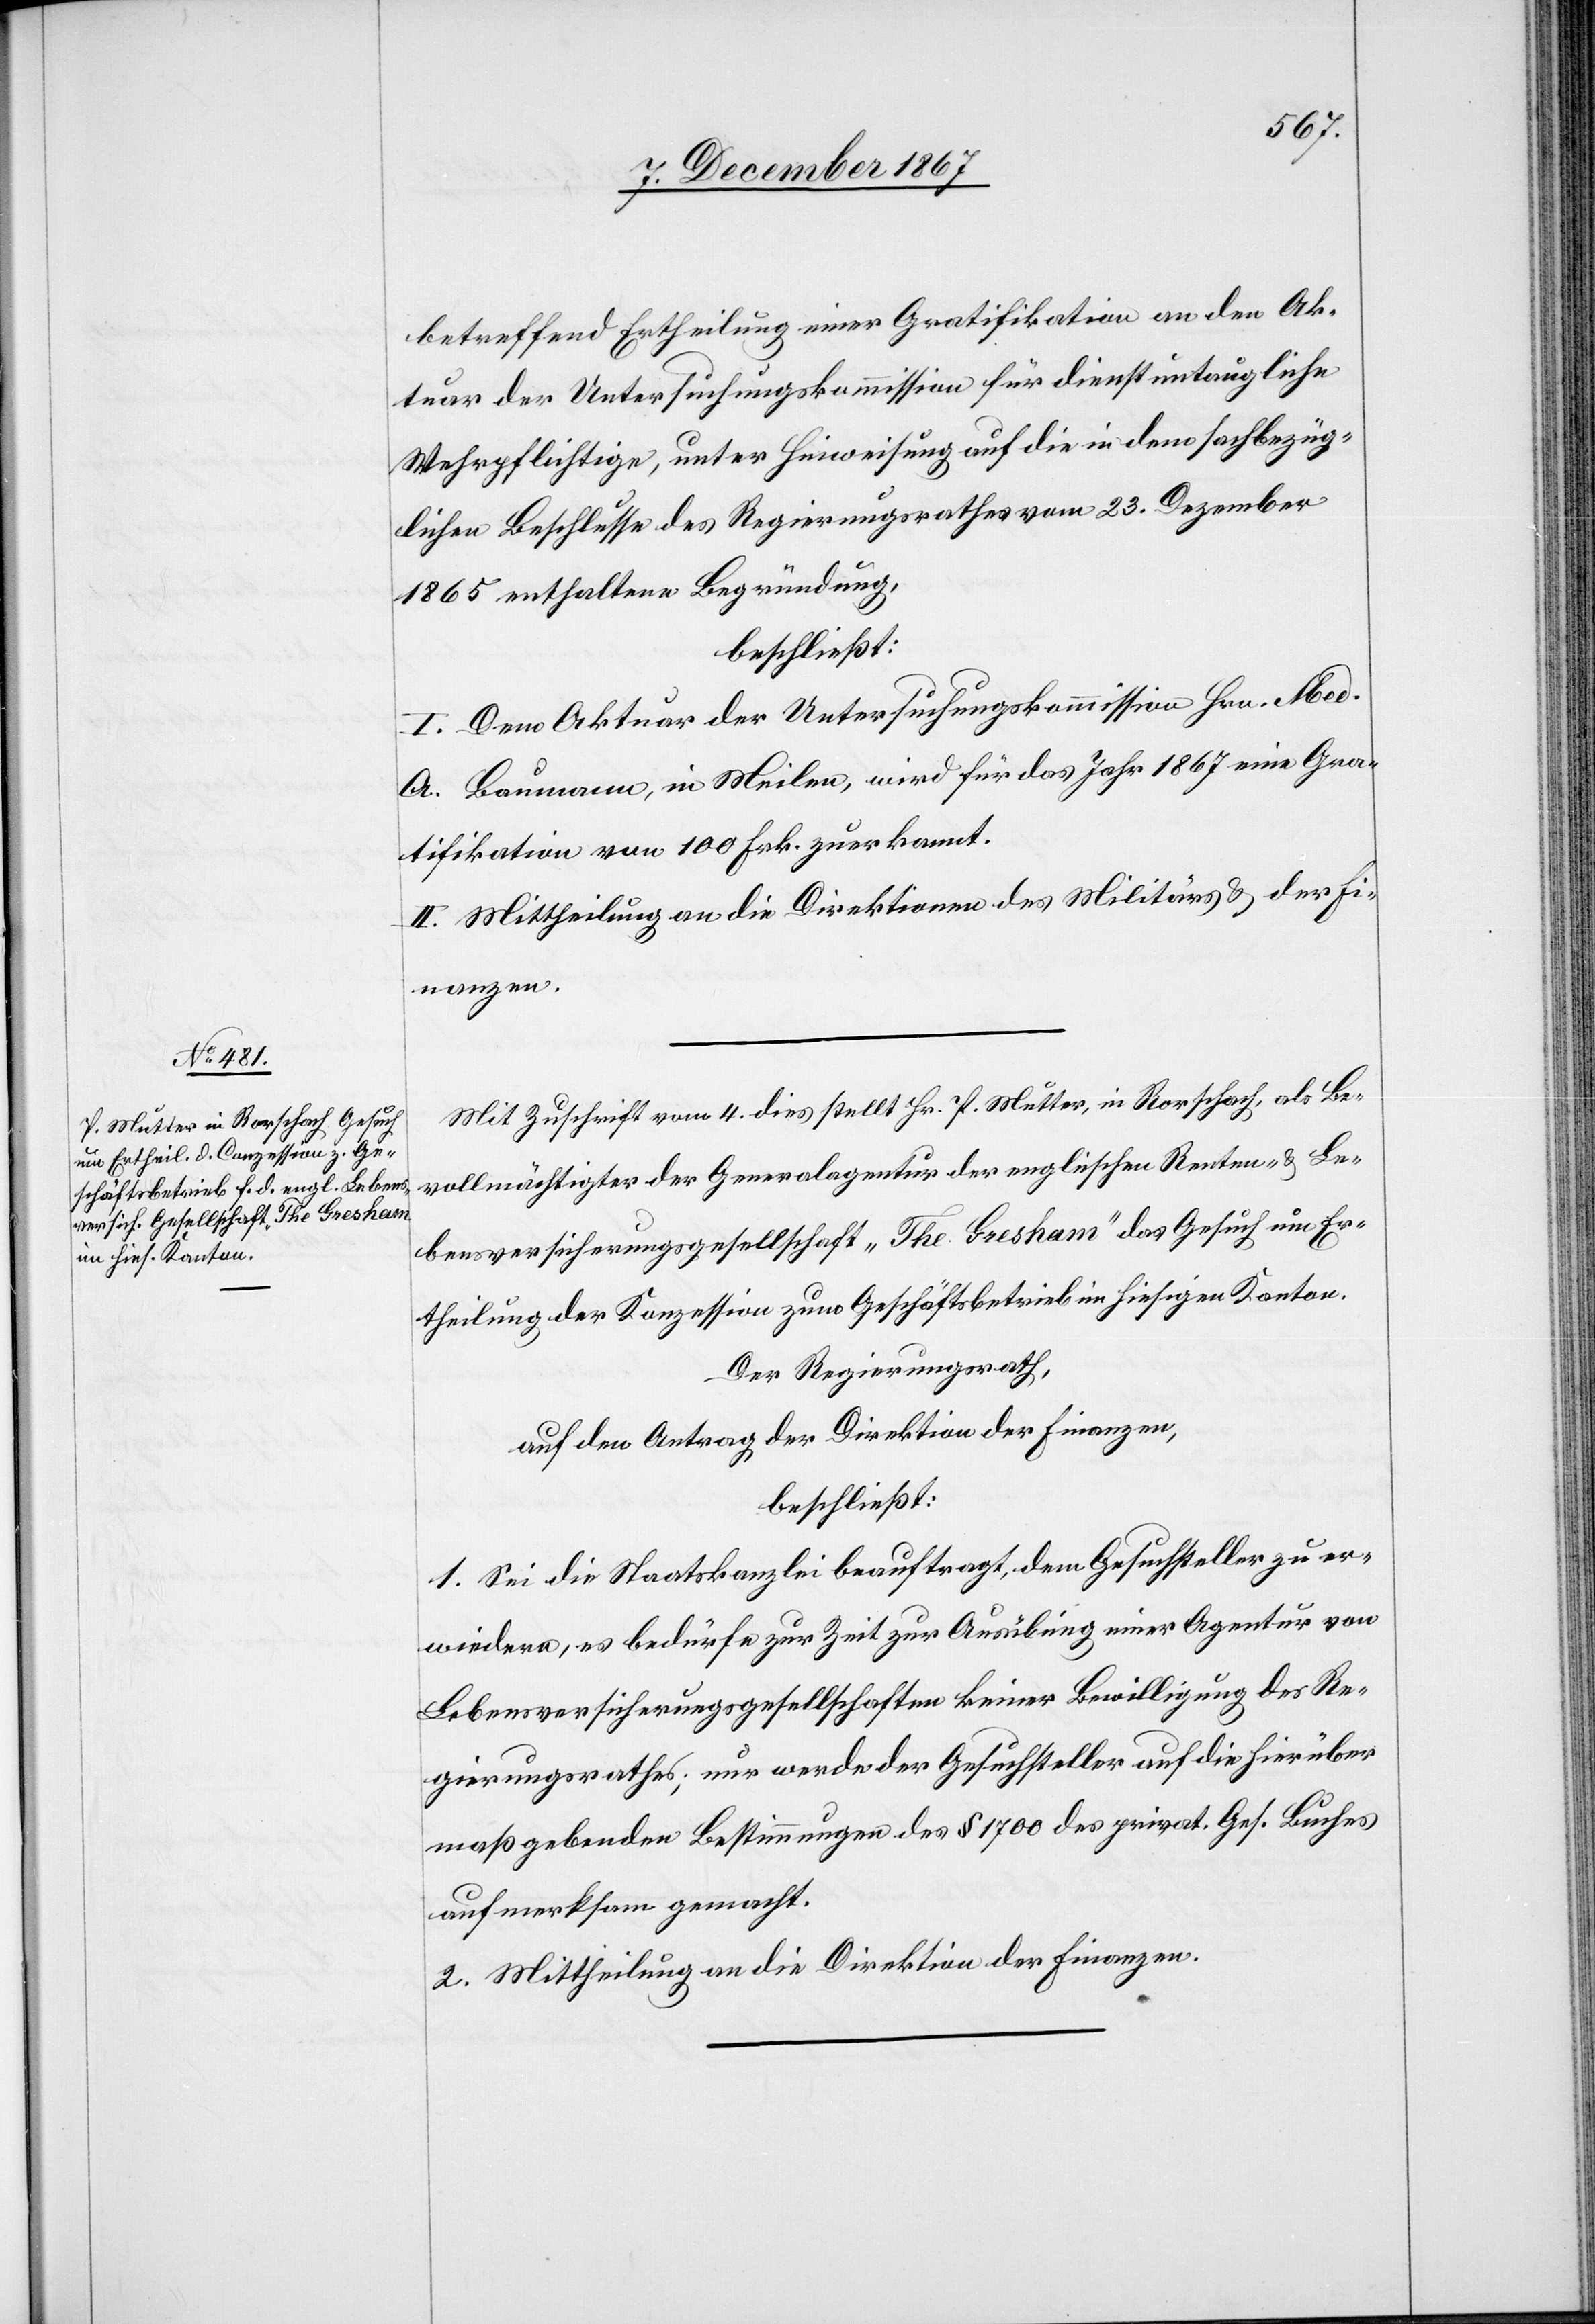
versicherungsgesellschaft „The Gresham“

betreffend Ertheilung einer Gratifikation an den Ak¬
tuar der Untersuchungskommission für dienstuntaugliche
Wehrpflichtige, unter Hinweisung auf die in dem sachbezüg¬
lichen Beschlusse des Regierungsrathes vom 23. Dezember
1865 enthaltene Begründung,
beschließt:
I. Dem Aktuar der Untersuchungskommission Hrn. Med.
A. Baumann, in Meilen, wird für das Jahr 1867 eine Gra¬
tifikation von 100 Frk. zuerkannt.
II. Mittheilung an die Direktionen des Militärs u. der Fi¬
nanzen.
Mit Zuschrift vom 4. dies stellt Hr. P. Mutter, in Rorschach, als Be¬
vollmächtigter der Generalagentur der englischen Lebens¬
Ertheilung der Konzession zum Geschäftsbetrieb im hiesigen Kanton.
Der Regierungsrath,
auf den Antrag der Direktion der Finanzen,
beschließt:
1. Sei die Staatskanzlei beauftragt, dem Gesuchsteller zu er¬
wiedern, es bedürfe zur Zeit zur Ausübung einer Agentur von
Lebensversicherungsgesellschaften keiner Bewilligung des Re¬
gierungsrathes; nur werde der Gesuchsteller auf die hierüber
maßgebenden Bestimmungen des § 1700 des privat. Ges. Buches
aufmerksam gemacht.
2. Mittheilung an die Direktion der Finanzen.